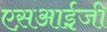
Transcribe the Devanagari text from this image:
एस़आई़जी